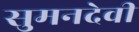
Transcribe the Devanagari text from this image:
सुमनदेवी